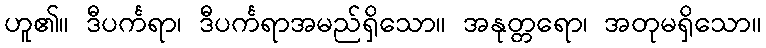
ဟူ၏။ ဒီပင်္ကရာ၊ ဒီပင်္ကရာအမည်ရှိသော။ အနုတ္တရော၊ အတုမရှိသော။